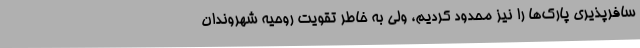
سافرپذیری پارک‌ها را نیز محدود کردیم، ولی به خاطر تقویت روحیه شهروندان